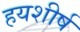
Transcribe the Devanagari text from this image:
हयशीर्ष